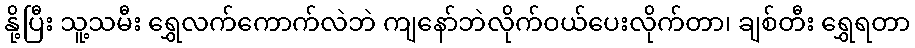
နို့ပြီး သူ့သမီး ရွှေလက်ကောက်လဲဘဲ ကျနော်ဘဲလိုက်ဝယ်ပေးလိုက်တာ၊ ချစ်တီး ရွှေရတာ